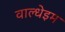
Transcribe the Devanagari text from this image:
वाल्धेइम